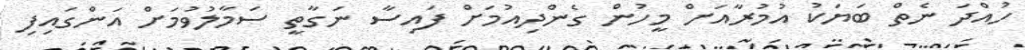
ހުއްދަ ނެތް ބަޔަކު އުމުރާއަށް މީހުން ގެންދިއުމަށް ފައިސާ ނަގާތީ ސަމާލުވުމަށް އަންގައިފި